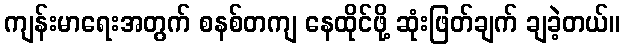
ကျန်းမာရေးအတွက် စနစ်တကျ နေထိုင်ဖို့ ဆုံးဖြတ်ချက် ချခဲ့တယ်။